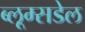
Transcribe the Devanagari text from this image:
ब्लूम्सडेल